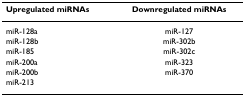
| Upregulated miRNAs | Downregulated miRNAs |
 | --- | --- |
 | miR-128a | miR-127 |
 | miR-128b | miR-302b |
 | miR-185 | miR-302c |
 | miR-200a | miR-323 |
 | miR-200b | miR-370 |
 | miR-213 |  |